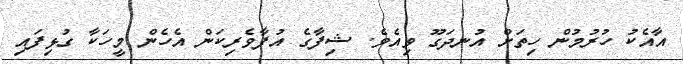
އާއެކު ހުރުމުން ހިތަށް އުނދަގޫ ވިއެވެ. ޝިފާގެ އުފާވެރިކަން އެހެން މީހަކާ ގުޅިފައި